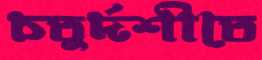
চতুর্দশীতে